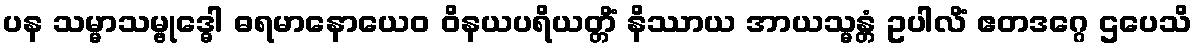
ပန သမ္မာသမ္ဗုဒ္ဓေါ ဓရမာနောယေဝ ဝိနယပရိယတ္တိံ နိဿာယ အာယသ္မန္တံ ဥပါလိံ ဧတဒဂ္ဂေ ဌပေသိ